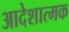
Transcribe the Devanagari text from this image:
आदेशात्‍मक